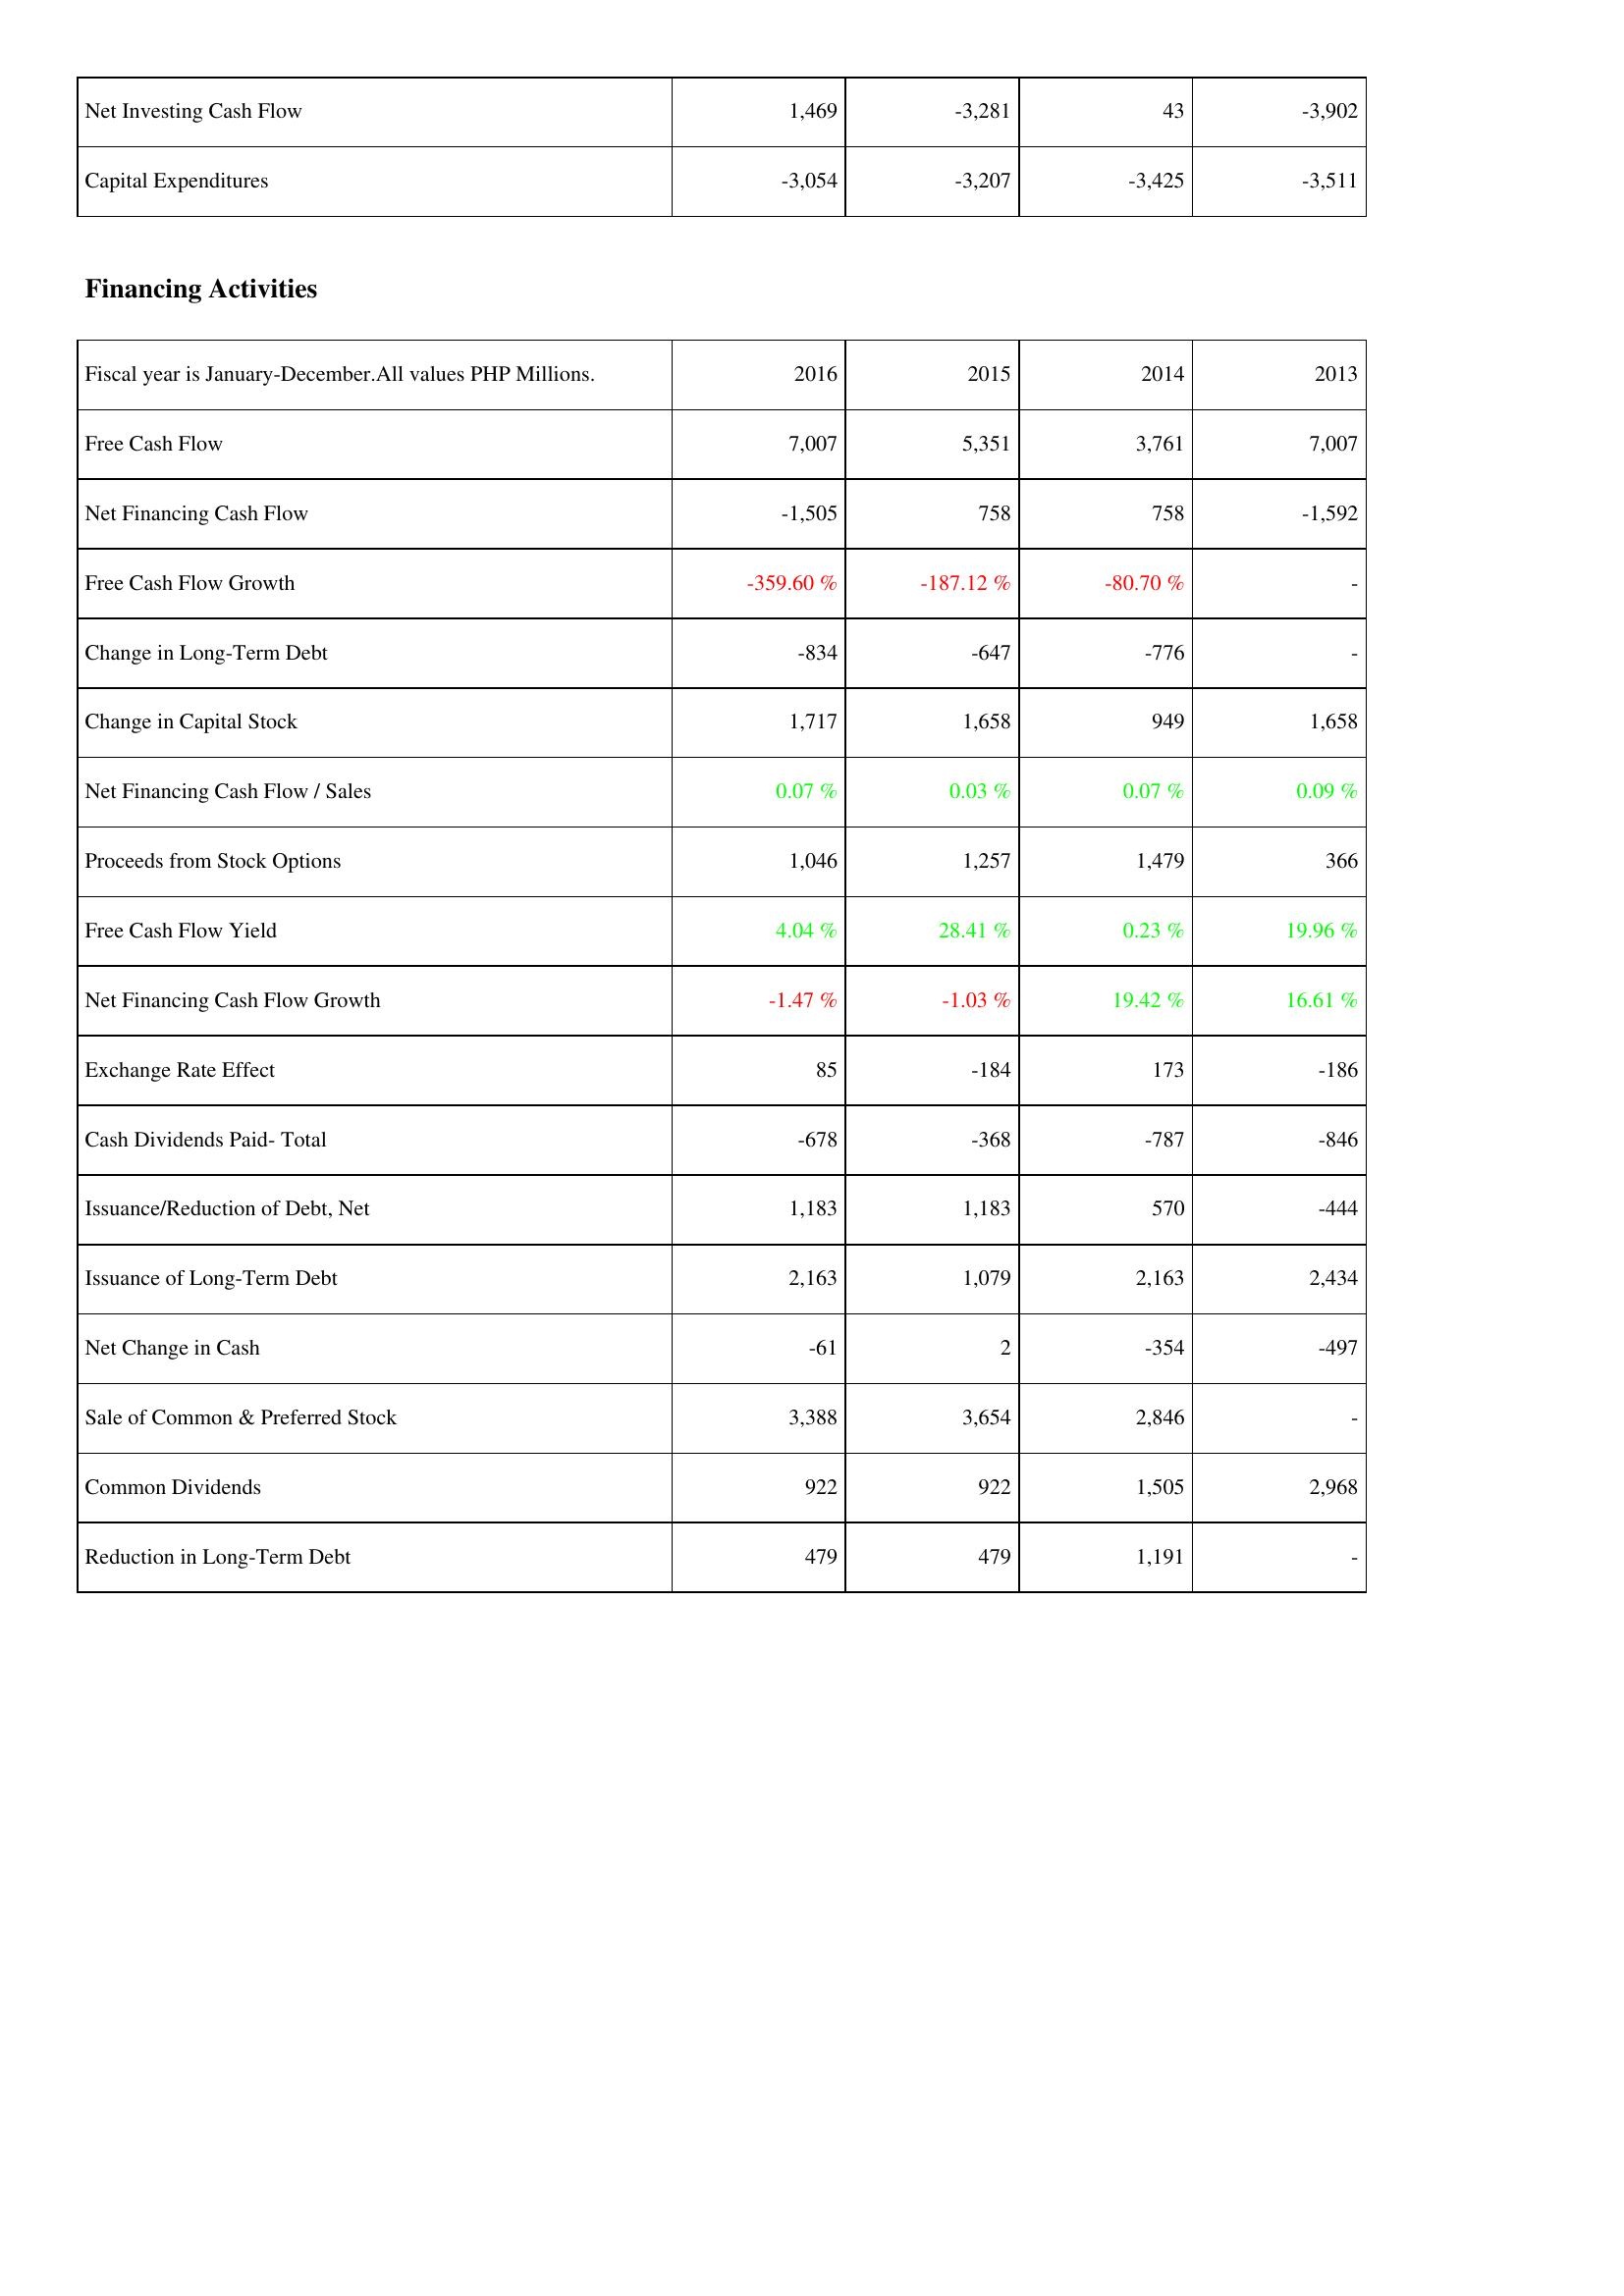
2016: Investing Activities: Net Investing Cash Flow: 1,469
Capital Expenditures: -3,054
Financing Activities: Free Cash Flow: 7,007
Net Financing Cash Flow: -1,505
Free Cash Flow Growth: -359.60 %
Change in Long-Term Debt: -834
Change in Capital Stock: 1,717
Net Financing Cash Flow / Sales: 0.07 %
Proceeds from Stock Options: 1,046
Free Cash Flow Yield: 4.04 %
Net Financing Cash Flow Growth: -1.47 %
Exchange Rate Effect: 85
Cash Dividends Paid- Total: -678
Issuance/Reduction of Debt, Net: 1,183
Issuance of Long-Term Debt: 2,163
Net Change in Cash: -61
Sale of Common & Preferred Stock: 3,388
Common Dividends: 922
Reduction in Long-Term Debt: 479
2015: Investing Activities: Net Investing Cash Flow: -3,281
Capital Expenditures: -3,207
Financing Activities: Free Cash Flow: 5,351
Net Financing Cash Flow: 758
Free Cash Flow Growth: -187.12 %
Change in Long-Term Debt: -647
Change in Capital Stock: 1,658
Net Financing Cash Flow / Sales: 0.03 %
Proceeds from Stock Options: 1,257
Free Cash Flow Yield: 28.41 %
Net Financing Cash Flow Growth: -1.03 %
Exchange Rate Effect: -184
Cash Dividends Paid- Total: -368
Issuance/Reduction of Debt, Net: 1,183
Issuance of Long-Term Debt: 1,079
Net Change in Cash: 2
Sale of Common & Preferred Stock: 3,654
Common Dividends: 922
Reduction in Long-Term Debt: 479
2014: Investing Activities: Net Investing Cash Flow: 43
Capital Expenditures: -3,425
Financing Activities: Free Cash Flow: 3,761
Net Financing Cash Flow: 758
Free Cash Flow Growth: -80.70 %
Change in Long-Term Debt: -776
Change in Capital Stock: 949
Net Financing Cash Flow / Sales: 0.07 %
Proceeds from Stock Options: 1,479
Free Cash Flow Yield: 0.23 %
Net Financing Cash Flow Growth: 19.42 %
Exchange Rate Effect: 173
Cash Dividends Paid- Total: -787
Issuance/Reduction of Debt, Net: 570
Issuance of Long-Term Debt: 2,163
Net Change in Cash: -354
Sale of Common & Preferred Stock: 2,846
Common Dividends: 1,505
Reduction in Long-Term Debt: 1,191
2013: Investing Activities: Net Investing Cash Flow: -3,902
Capital Expenditures: -3,511
Financing Activities: Free Cash Flow: 7,007
Net Financing Cash Flow: -1,592
Free Cash Flow Growth: -
Change in Long-Term Debt: -
Change in Capital Stock: 1,658
Net Financing Cash Flow / Sales: 0.09 %
Proceeds from Stock Options: 366
Free Cash Flow Yield: 19.96 %
Net Financing Cash Flow Growth: 16.61 %
Exchange Rate Effect: -186
Cash Dividends Paid- Total: -846
Issuance/Reduction of Debt, Net: -444
Issuance of Long-Term Debt: 2,434
Net Change in Cash: -497
Sale of Common & Preferred Stock: -
Common Dividends: 2,968
Reduction in Long-Term Debt: -